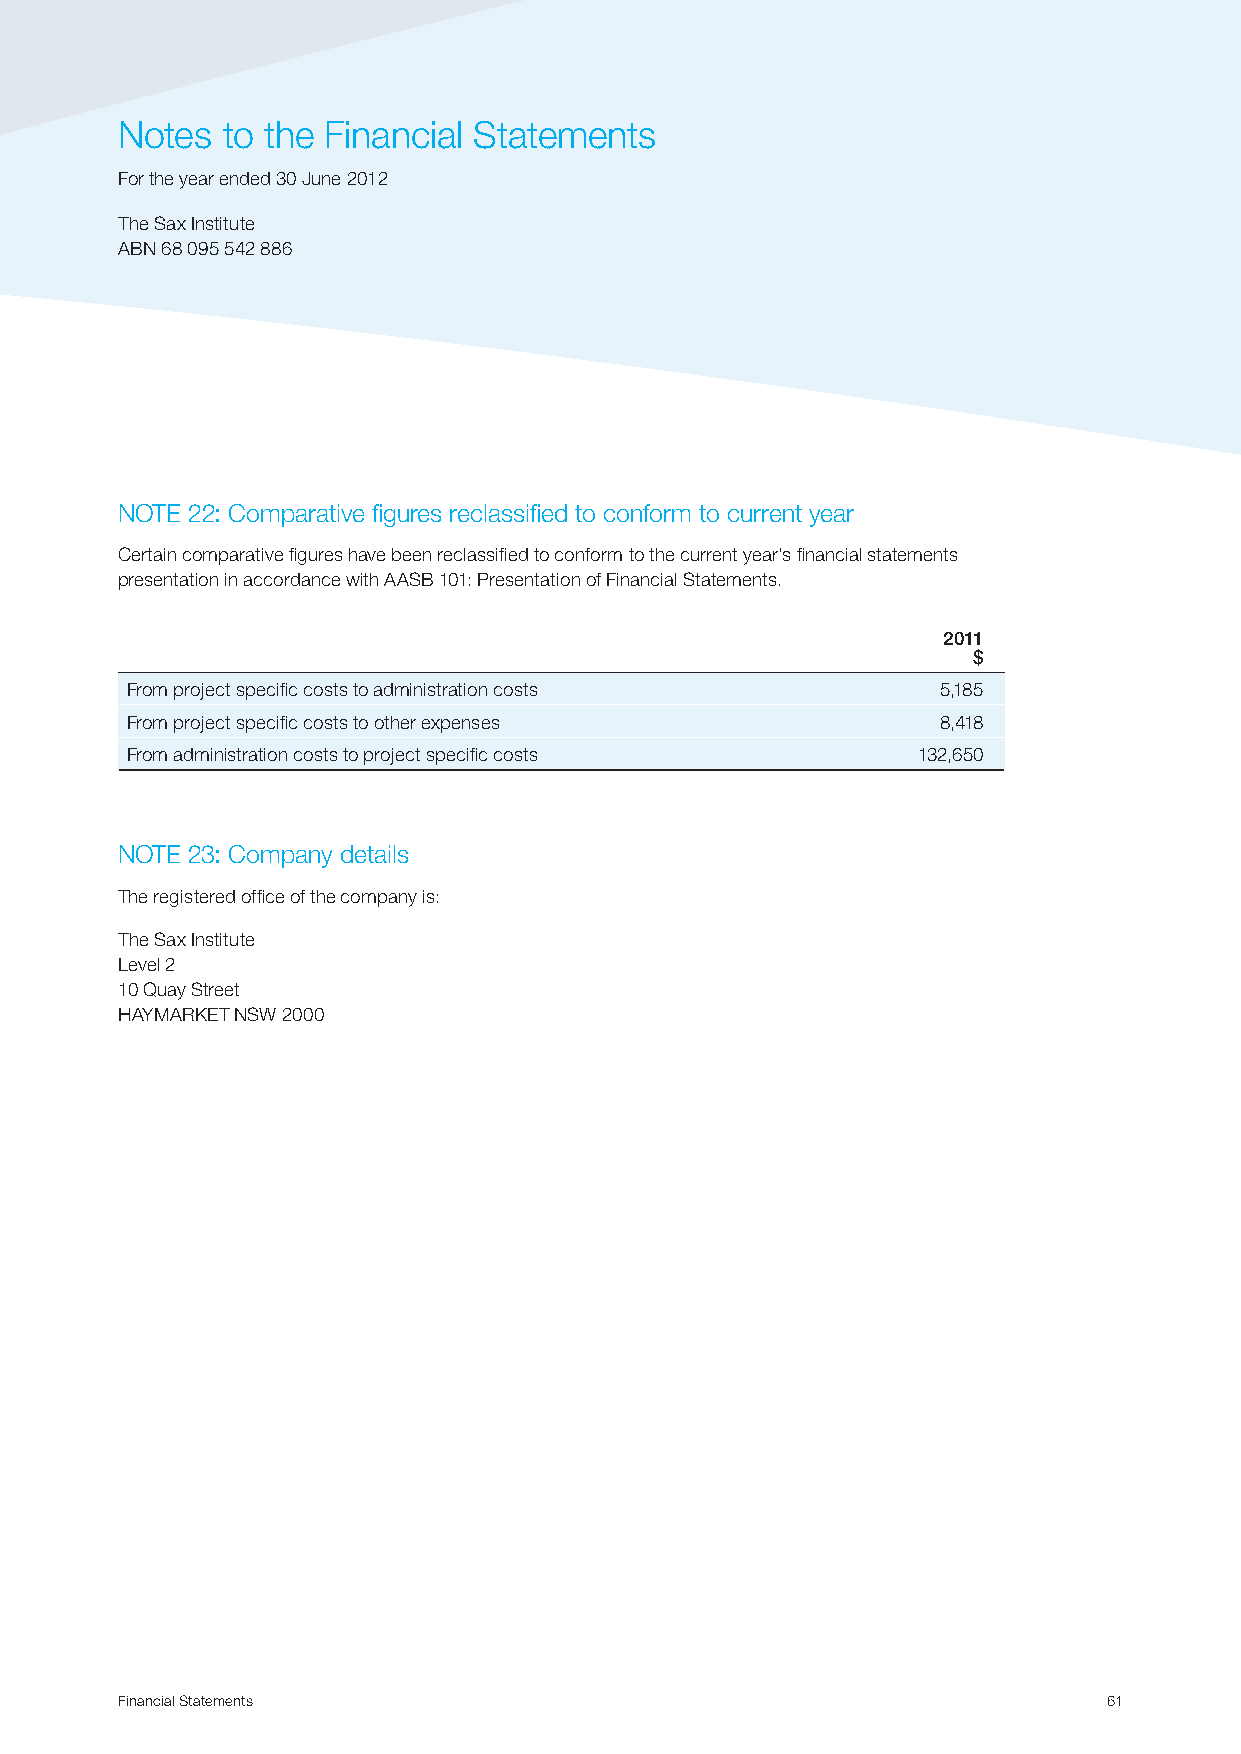
Notes  to the Financial Statements
 For the year ended 30 June 2012
 The Sax Institute
 ABN 68 095 542 886
 NOTE 22: Comparative figures reclassified to conform to current year
 Certain comparative figures have been reclassified to conform to the current year’s financial statements
 presentation in accordance with AASB 101: Presentation of Financial Statements.
 2011
 $
 From project specific costs to administration costs   5,185
 From project specific costs to other expenses         8,418
 From administration costs to project specific costs  132,650
 NOTE 23: Company details
 The registered office of the company is:
 The Sax Institute
 Level 2
 10 Quay Street
 HAYMARKET NSW 2000
 Financial Statements                                             61